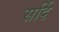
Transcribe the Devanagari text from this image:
सर्दि